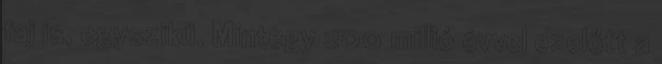
faj is, egyszikű. Mintegy 200 millió évvel ezelőtt a